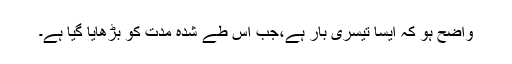
واضح ہو کہ ایسا تیسری بار ہے،جب اس طے شدہ مدت کو بڑھایا گیا ہے۔